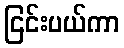
ငြင်းပယ်ကာ